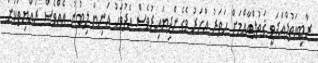
ރާބިޢަތުލްޢަދަވީ ޤަތުލްއާއްމަށް ހަތަރު އަހަރު ވެގެންދިޔައިރުވެސް އެދުވަހު އަނިޔާ ލިބުނު އެއްވެސް ރައްޔިތަކަށް